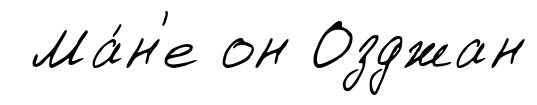
Ма́н'е он Озджан